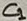
Text: C1